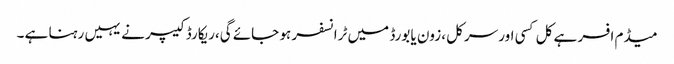
میڈم افسر ہے کل کسی اور سرکل ،زون یا بورڈ میں ٹرانسفر ہو جائے گی،ریکارڈ کیپر نے یہیں رہنا ہے ۔